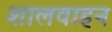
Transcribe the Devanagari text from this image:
शालवाहन